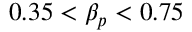
0 . 3 5 < \beta _ { p } < 0 . 7 5